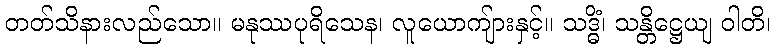
တတ်သိနားလည်သော။ မနုဿပုရိသေန၊ လူယောကျ်ားနှင့်။ သဒ္ဓိံ၊ သန္တိဋ္ဌေယျ ဝါတိ၊